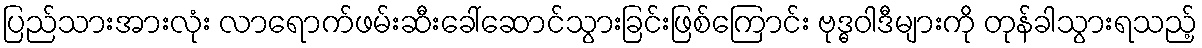
ပြည်သားအားလုံး လာရောက်ဖမ်းဆီးခေါ်ဆောင်သွားခြင်းဖြစ်ကြောင်း ဗုဒ္ဓဝါဒီများကို တုန်ခါသွားရသည့်